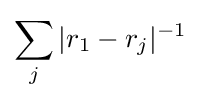
\sum _{j}|r_{1}-r_{j}|^{-1}